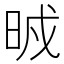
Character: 𣆒